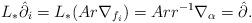
LaTeX: \begin{align*} L_* \hat{\partial}_i = L_*(A r \nabla_{f_i}) = A r r^{-1} \nabla_\alpha = \hat{\partial}. \end{align*}